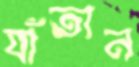
যাঁতান